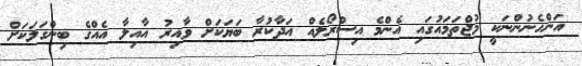
އަންހެނުންނަކީ މުޖްތަމައުގައި އެންމެ އިސްރޯލެއް އަދާކުރާ ބަޔަކަށް ވާއިރު އާއިލާ އެއްގެ ބިންގަލަކަށް